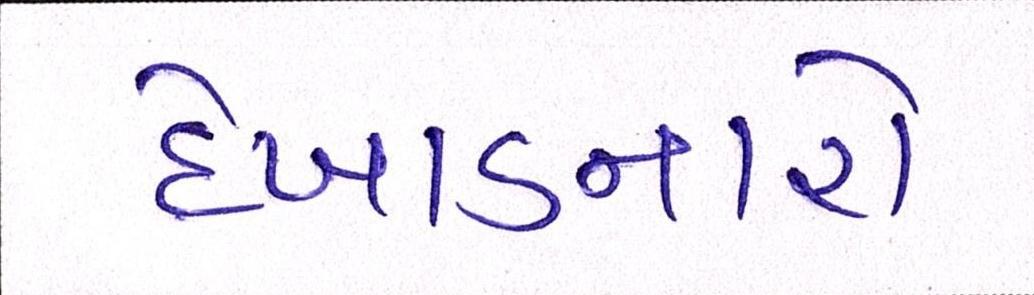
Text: દેખાડનારો